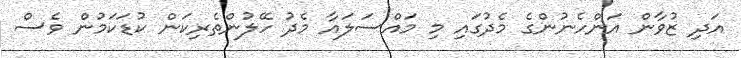
އަދި ޒުވާން އަންހެނުންގެ މެދުގައި މި މައްސަލައާ މެދު ހޭލުންތެރިކަން ކުޑަކަމުން ވެސް